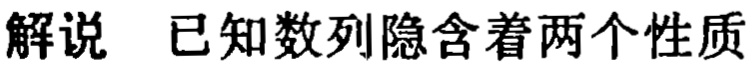
解说 已知数列隐含着两个性质